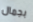
بجمال